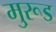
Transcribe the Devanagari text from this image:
मु्रूड